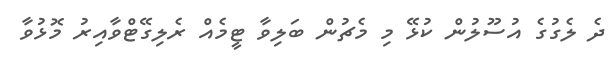
ދެ ލެގުގެ އުސޫލުން ކުޅޭ މި މެޗުން ބަލިވާ ޓީމެއް ރެލިގޭޓްވާއިރު މޮޅުވާ